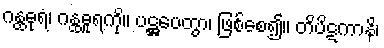
ဂန္ထဓုရံ၊ ဂန္ထဓူရကို။ ပဋ္ဌပေတွာ၊ ဖြစ်စေ၍။ တိပိဋကာနိ၊